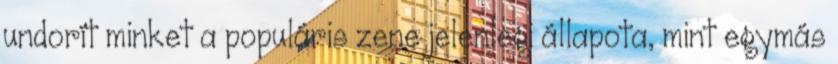
undorít minket a populáris zene jelenlegi állapota, mint egymás